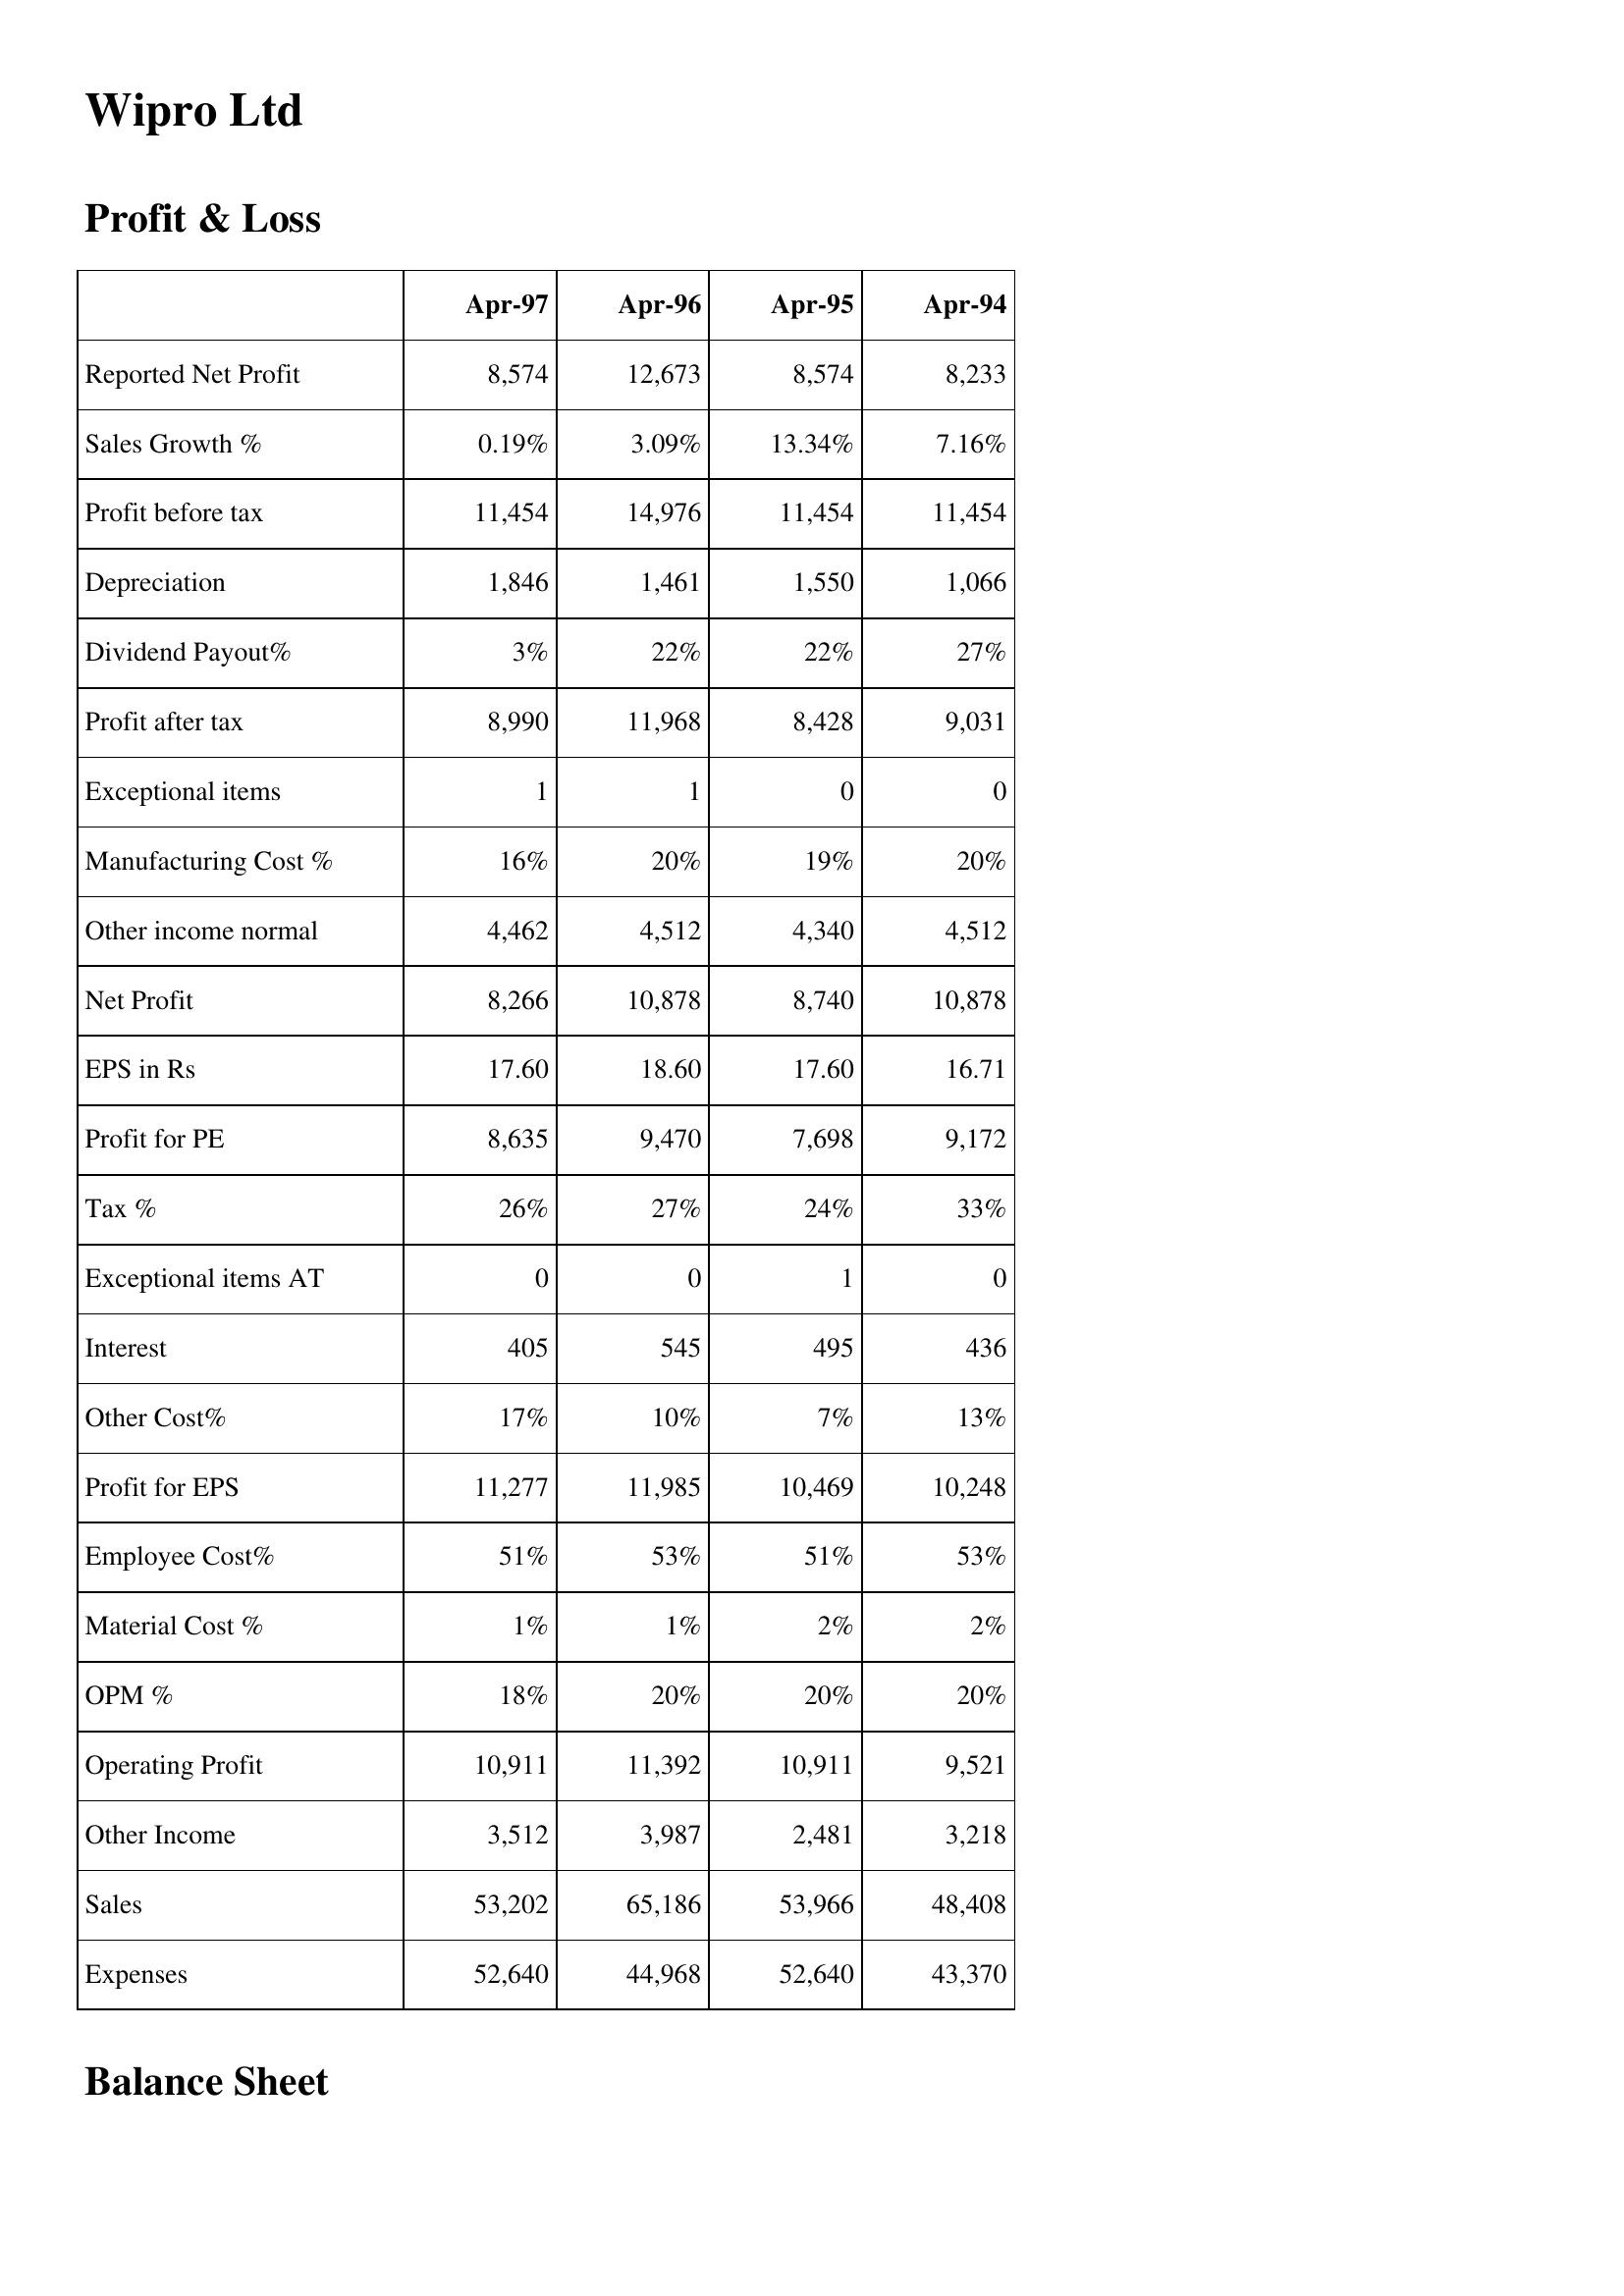
Apr-97: Profit & Loss: Reported Net Profit: 8,574
Sales Growth %: 0.19%
Profit before tax: 11,454
Depreciation: 1,846
Dividend Payout%: 3%
Profit after tax: 8,990
Exceptional items: 1
Manufacturing Cost %: 16%
Other income normal: 4,462
Net Profit: 8,266
EPS in Rs: 17.60
Profit for PE: 8,635
Tax %: 26%
Exceptional items AT: 0
Interest: 405
Other Cost%: 17%
Profit for EPS: 11,277
Employee Cost%: 51%
Material Cost %: 1%
OPM %: 18%
Operating Profit: 10,911
Other Income: 3,512
Sales: 53,202
Expenses: 52,640
Apr-96: Profit & Loss: Reported Net Profit: 12,673
Sales Growth %: 3.09%
Profit before tax: 14,976
Depreciation: 1,461
Dividend Payout%: 22%
Profit after tax: 11,968
Exceptional items: 1
Manufacturing Cost %: 20%
Other income normal: 4,512
Net Profit: 10,878
EPS in Rs: 18.60
Profit for PE: 9,470
Tax %: 27%
Exceptional items AT: 0
Interest: 545
Other Cost%: 10%
Profit for EPS: 11,985
Employee Cost%: 53%
Material Cost %: 1%
OPM %: 20%
Operating Profit: 11,392
Other Income: 3,987
Sales: 65,186
Expenses: 44,968
Apr-95: Profit & Loss: Reported Net Profit: 8,574
Sales Growth %: 13.34%
Profit before tax: 11,454
Depreciation: 1,550
Dividend Payout%: 22%
Profit after tax: 8,428
Exceptional items: 0
Manufacturing Cost %: 19%
Other income normal: 4,340
Net Profit: 8,740
EPS in Rs: 17.60
Profit for PE: 7,698
Tax %: 24%
Exceptional items AT: 1
Interest: 495
Other Cost%: 7%
Profit for EPS: 10,469
Employee Cost%: 51%
Material Cost %: 2%
OPM %: 20%
Operating Profit: 10,911
Other Income: 2,481
Sales: 53,966
Expenses: 52,640
Apr-94: Profit & Loss: Reported Net Profit: 8,233
Sales Growth %: 7.16%
Profit before tax: 11,454
Depreciation: 1,066
Dividend Payout%: 27%
Profit after tax: 9,031
Exceptional items: 0
Manufacturing Cost %: 20%
Other income normal: 4,512
Net Profit: 10,878
EPS in Rs: 16.71
Profit for PE: 9,172
Tax %: 33%
Exceptional items AT: 0
Interest: 436
Other Cost%: 13%
Profit for EPS: 10,248
Employee Cost%: 53%
Material Cost %: 2%
OPM %: 20%
Operating Profit: 9,521
Other Income: 3,218
Sales: 48,408
Expenses: 43,370